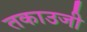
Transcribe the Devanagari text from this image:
तकाउजी